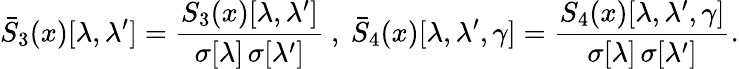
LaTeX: \bar{S}_{3}(x)[\lambda,\lambda^{\prime}]=\frac{S_{3}(x)[\lambda,\lambda^{\prime}]}{\sigma[\lambda]\, \sigma[\lambda^{\prime}]}~,~\bar{S}_{4}(x)[\lambda,\lambda^{\prime},\gamma]=\frac{S_{4}(x)[\lambda,\lambda^{\prime},\gamma]}{\sigma[\lambda]\, \sigma[\lambda^{\prime}]}.